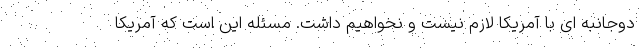
دوجانبه ای با آمریکا لازم نیست و نخواهیم داشت. مسئله این است که آمریکا